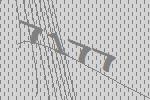
7177